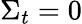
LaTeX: \Sigma_{t}=0